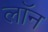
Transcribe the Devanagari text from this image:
लाॅन